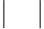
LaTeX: |\quad|